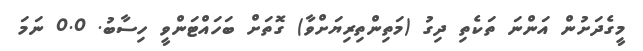
މީގެދަށުން އަންނަ ތަކެތި ދިގު (މަތިންތިރިޔަށްވާ) ގޮތަށް ބަހައްޓަންވީ ހިސާބު. 0.0 ނަމަ